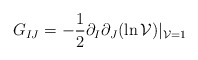
\begin{align*}G_{IJ} = -{1\over 2} \partial_I \partial_J (\ln {\cal V})|_{{\cal V} =1}\end{align*}